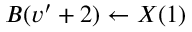
B ( v ^ { \prime } + 2 ) \leftarrow { } X ( 1 )